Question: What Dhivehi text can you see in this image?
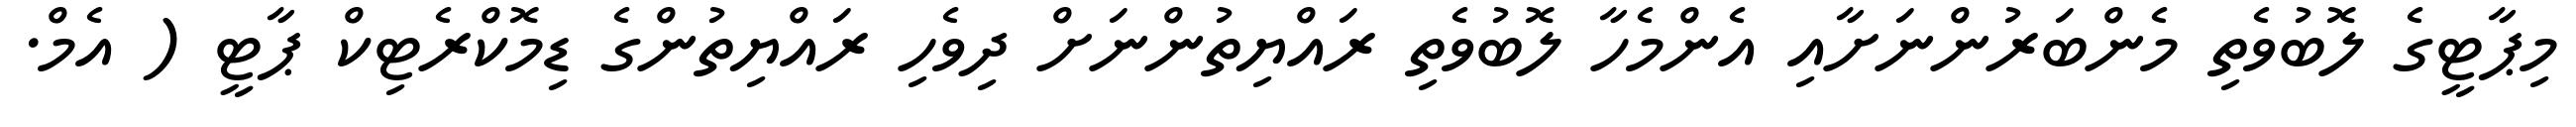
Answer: މިޕާޓީގެ ލޮބުވެތި މެންބަރުންނަށާއި އެންމެހާ ލޮބުވެތި ރައްޔިތުންނަށް ދިވެހި ރައްޔިތުންގެ ޑިމޮކްރެޓިކް ޕާޓީ ( އެމް.